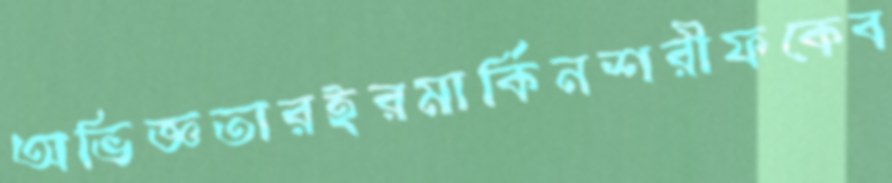
অভিজ্ঞতারইরমার্কিনশরীফকেব